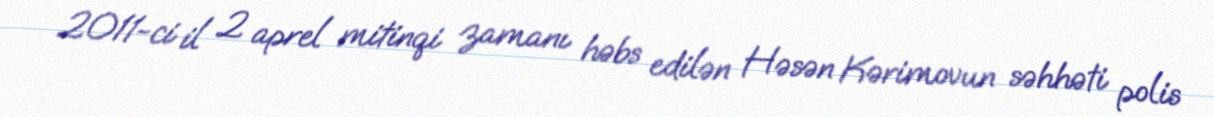
2011-ci il 2 aprel mitinqi zamanı həbs edilən Həsən Kərimovun səhhəti polis